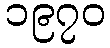
၁၉၇၀